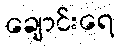
ချောင်းရေ